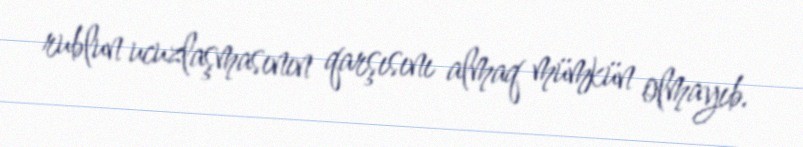
rublun ucuzlaşmasının qarşısını almaq mümkün olmayıb.